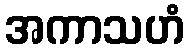
အကာသဟံ